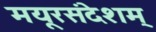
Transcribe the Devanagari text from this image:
मयूरसंदेशम्